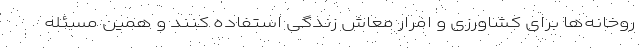
روخانه‌ها برای کشاورزی و امرار معاش زندگی استفاده کنند و همین مسئله